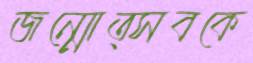
জন্মোত্সবকে